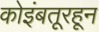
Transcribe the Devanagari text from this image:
कोइंबतूरहून